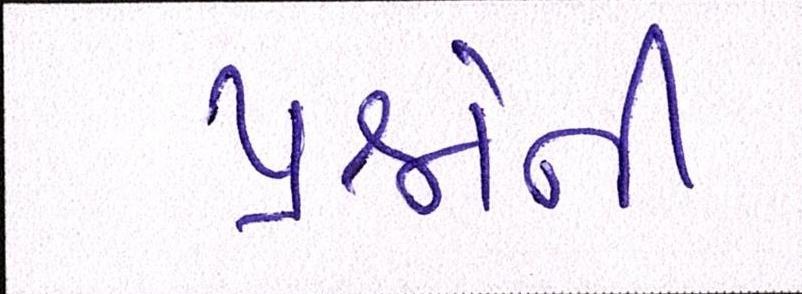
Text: પ્રશ્નોની